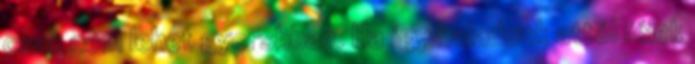
csak nem lehet gyorsbban. Ha így haladunk attól félek